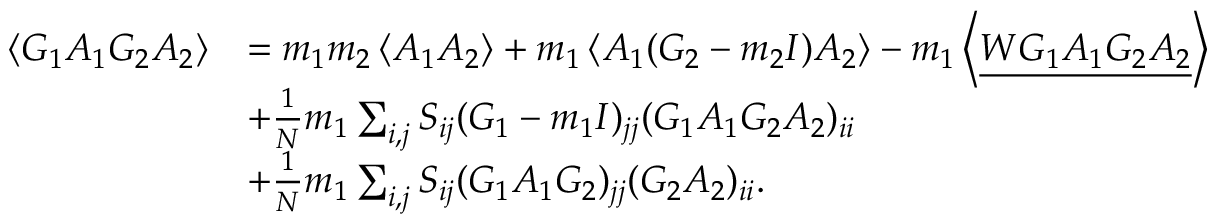
\begin{array} { r l } { \left\langle { G _ { 1 } A _ { 1 } G _ { 2 } A _ { 2 } } \right\rangle } & { = m _ { 1 } m _ { 2 } \left\langle { A _ { 1 } A _ { 2 } } \right\rangle + m _ { 1 } \left\langle { A _ { 1 } ( G _ { 2 } - m _ { 2 } I ) A _ { 2 } } \right\rangle - m _ { 1 } \left\langle { \underline { { W G _ { 1 } A _ { 1 } G _ { 2 } A _ { 2 } } } } \right\rangle } \\ & { + \frac { 1 } { N } m _ { 1 } \sum _ { i , j } S _ { i j } ( G _ { 1 } - m _ { 1 } I ) _ { j j } ( G _ { 1 } A _ { 1 } G _ { 2 } A _ { 2 } ) _ { i i } } \\ & { + \frac { 1 } { N } m _ { 1 } \sum _ { i , j } S _ { i j } ( G _ { 1 } A _ { 1 } G _ { 2 } ) _ { j j } ( G _ { 2 } A _ { 2 } ) _ { i i } . } \end{array}